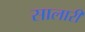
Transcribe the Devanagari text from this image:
सालारी